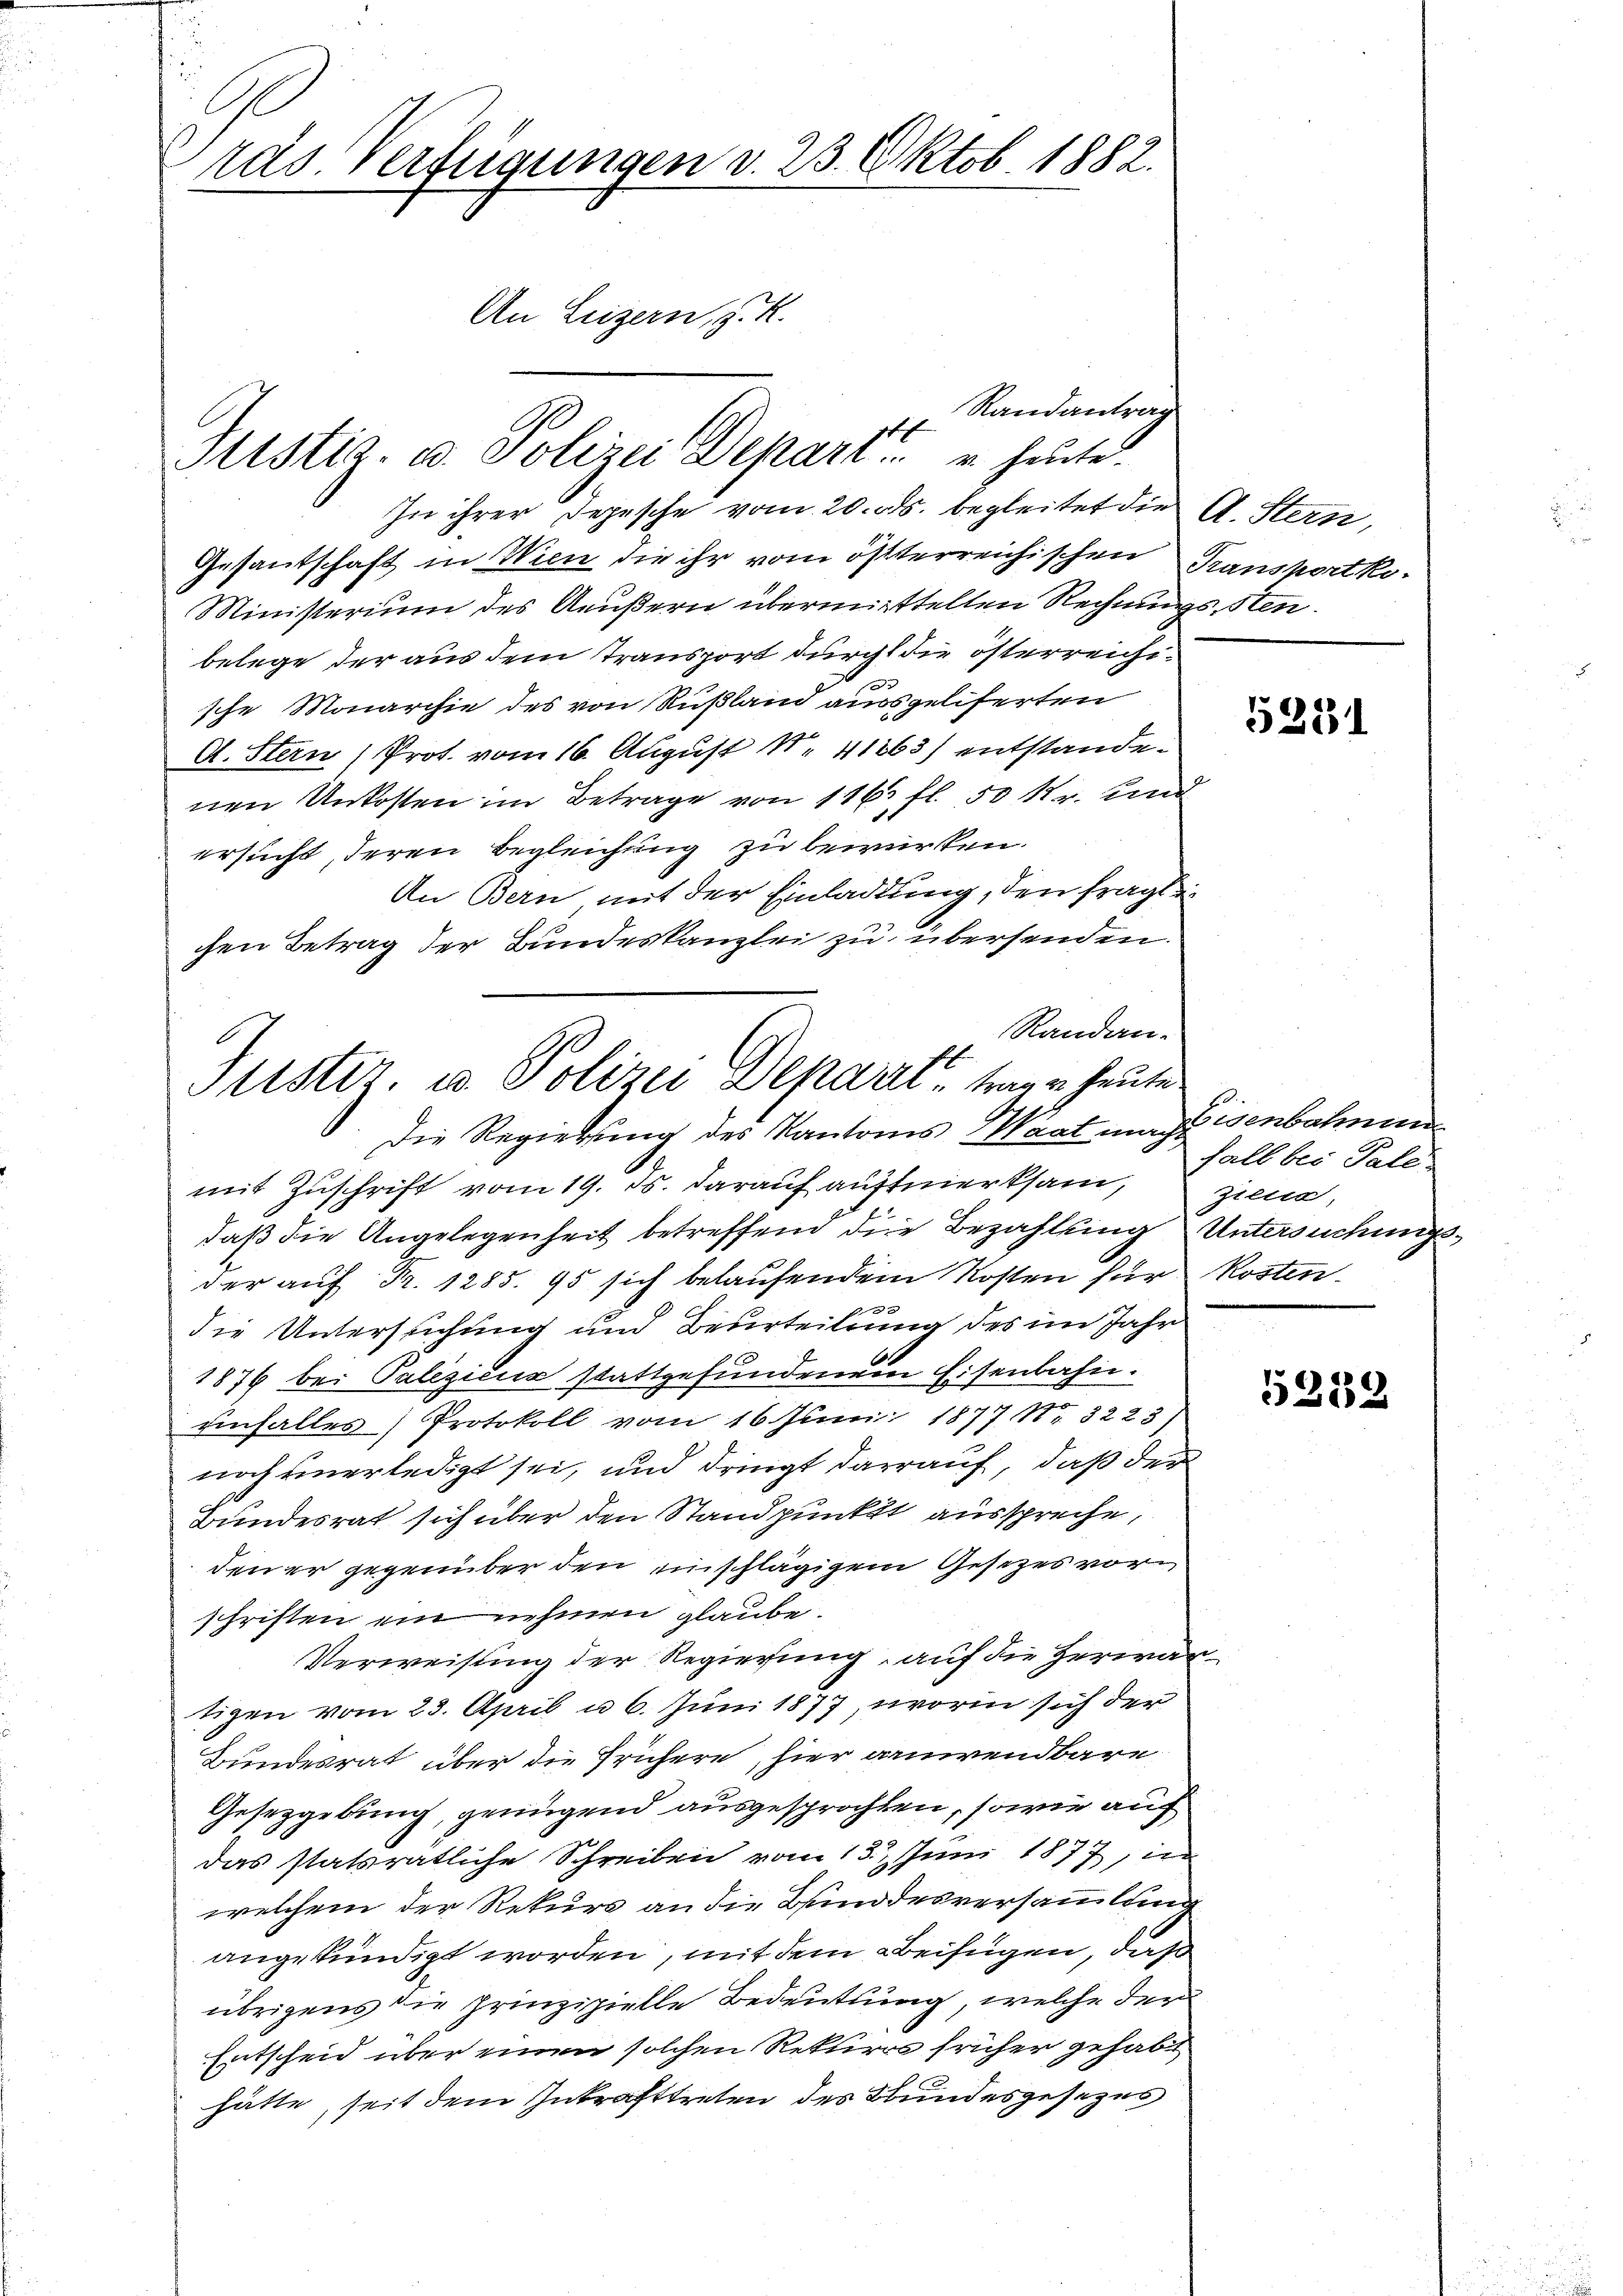
ras Verfügungen d. 23. Oktob. 1882.
An Luzern, S. R.

Randantrag
it
Justiz- u. Polizei Depart u. heute

1
Justiz, u. Polizei Denaue traue heute.
Die Regierung des Kantones Waat macht isenbahnen

In ihrer Depesche vom 20. ds. begleitet die A. Stern,
Gesantschaft in Wien die ihr vom österreichischen Transportko¬
Ministerium des Aeußern übermittelten Rechnungssten.
belege der aus dem Transport durch die österreichi¬
33
sche Monarchie des von Rußland ausgeliferten
A. Stern (Prot. vom 16. August N. 41363) entstandenen Unkosten im Betrage von 116 fl. 50 r. und
ersucht, deren Begleichung zu bewürken.
An Bern mit der Einladung, den fragte
chen Betrag der Bundeskanzlei zu übersenden.
Randan-
mit Zuschrift vom 19. ds. darauf aufmerksam,
daß die Angelegenheit betreffend die Bezahlung Untersuchungsder auf Fr. 1285. 95 sich belaufendem Kosten für Kostendie Untersuchung und Beurteilung des im Jahr
1876 bei Palezicus stattgefundenem Eisenbahn.
Einfalles Protokoll vom 16. Juni 1877 Nr. 3223)
noch unerledigt sei, und dringt darauf, daß der
Bundesrat sich über den Standpunkt ausspreche,
den er gegenüber den unschlägigem Gesetzes vorschriften ein nehmen glaube.
Verweisung der Regierung, auf die Herwartigen vom 23. April u. 6. Juni 1877, worin sich der
Bundesrat über die Frühere, hier anwendbare
Gesetzgebung, genügend ausgesprochten, sowie auf
das statsrätliche Schreiben vom 13. Juni 1877, in
welchem der Rekurs an die Bundesversammlung
angekündigt worden, mit dem Beifügen, daß
übrigens die prinzipielle Bedeutung, welche der
Entscheid über einen solchen Rekurs früher gehabt
hätte, seit dem Inkrafttreten des Bundesgesezes

5231

fall bei Pale
Ziena,

5232